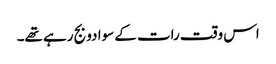
اس وقت رات کے سوا دو بج رہے تھے۔